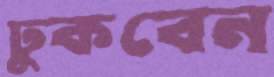
ঢুকবেন